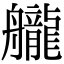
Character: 𦪽